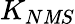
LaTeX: K_{N\mathit{M}S}